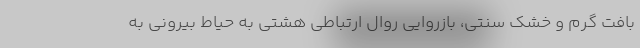
بافت گرم و خشک سنتی، بازروایی روال ارتباطی هشتی به حیاط بیرونی به